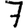
Digit: 7